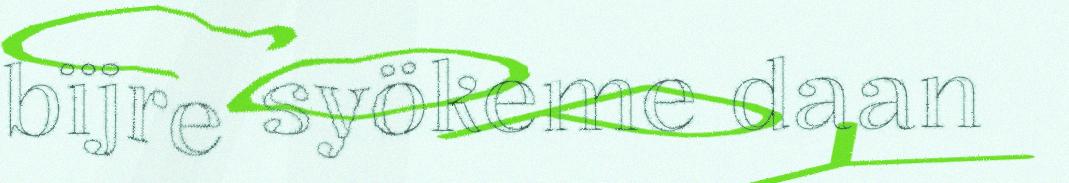
bïjre syökeme daan